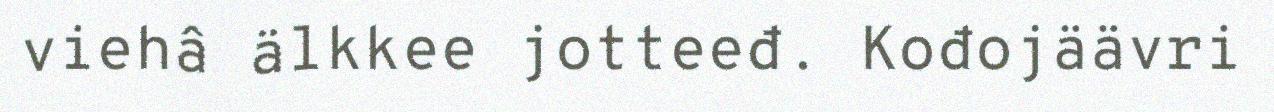
viehâ älkkee jotteeđ. Kođojäävri